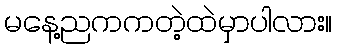
မနေ့ညကကတဲ့ထဲမှာပါလား။